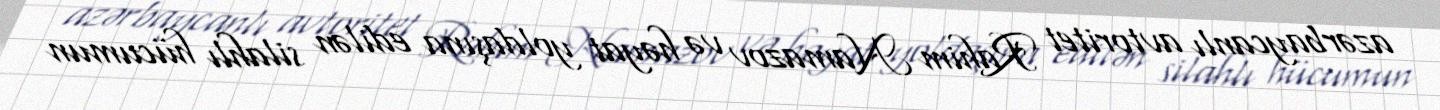
azərbaycanlı avtoritet Rahim Namazov və həyat yoldaşına edilən silahlı hücumun